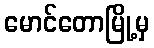
မောင်တောမြို့မှ